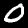
Digit: 0